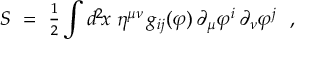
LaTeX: S ~ = ~ { \textstyle { \frac { 1 } { 2 } } } \int d ^ { 2 } \! x \; \eta ^ { \mu \nu } \, g _ { i j } ( \varphi ) \, \partial _ { \mu } \varphi ^ { i } \, \partial _ { \nu } \varphi ^ { j } ~ ~ ,